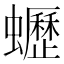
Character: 𧔝